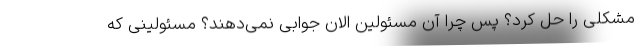
مشکلی را حل کرد؟ پس چرا آن مسئولین الان جوابی نمی‌دهند؟ مسئولینی که